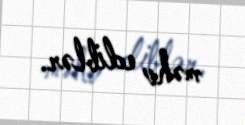
məhv ediblər.